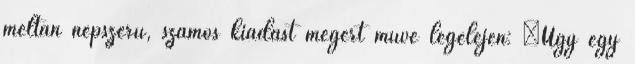
méltán népszerű, számos kiadást megért műve legelején: „Úgy egy